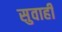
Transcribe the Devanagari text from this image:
सुवाही